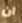
ان